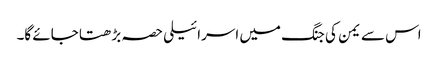
اس سے یمن کی جنگ میں اسرائیلی حصہ بڑھتا جائے گا۔